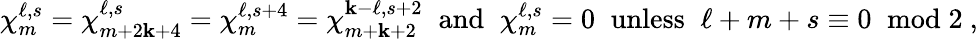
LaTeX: \chi_{m}^{\ell,s}=\chi_{m+2\mathbf{k}+4}^{\ell,s}=\chi_{m}^{\ell,s+4}=\chi_{m+\mathbf{k}+2}^{\mathbf{k}-\ell,s+2}\; \; \mathrm{{and}}\; \; \chi_{m}^{\ell,s}=0\; \; \mathrm{{unless}}\; \; \ell+m+s\equiv0\; \; \mathrm{{mod}}\; 2~,